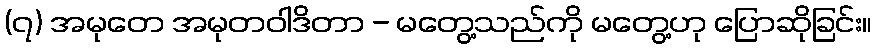
(၇) အမုတေ အမုတဝါဒိတာ - မတွေ့သည်ကို မတွေ့ဟု ပြောဆိုခြင်း။